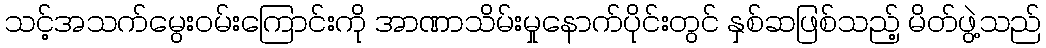
သင့်အသက်မွေးဝမ်းကြောင်းကို အာဏာသိမ်းမှုနောက်ပိုင်းတွင် နှစ်ဆဖြစ်သည့် မိတ်ဖွဲ့သည်